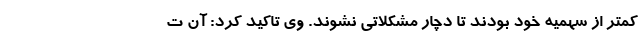
کمتر از سهمیه خود بودند تا دچار مشکلاتی نشوند. وی تاکید کرد: آن ت